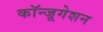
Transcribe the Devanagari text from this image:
कॉन्जूगेशन